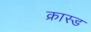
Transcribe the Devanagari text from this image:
क्रास्ड